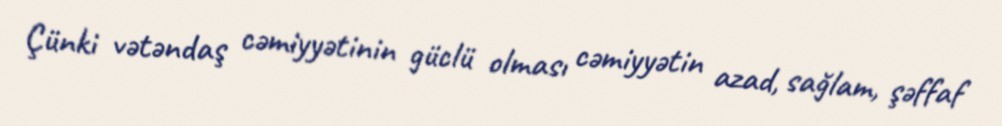
Çünki vətəndaş cəmiyyətinin güclü olması cəmiyyətin azad, sağlam, şəffaf